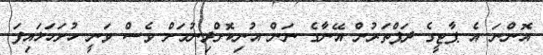
އޮންނަ އެ ޕާޓީގެ ދަފްތަރުން އޭނާގެ ނަން އުނިކޮށްދިނުމަށް ވެސް ވަނީ ހުށަހަޅައިފަ